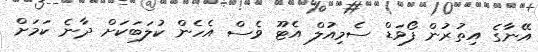
އޭނާގެ އިތުރުން ފޯވަޑް ސެމިއުލް އެޓޫ ވެސް އެހެން ކުލަބަކަށް ދާނެ ކަމަށް